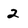
Character: 2